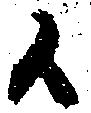
候